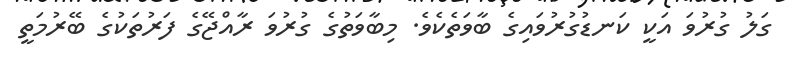
ގަލު ގުރުވަ އަކީ ކަނޑުގުރުވައިގެ ބާވަތެކެވެ. މިބާވަތުގެ ގުރުވަ ރާއްޖޭގެ ފަރުތަކުގެ ބޭރުމަތީ